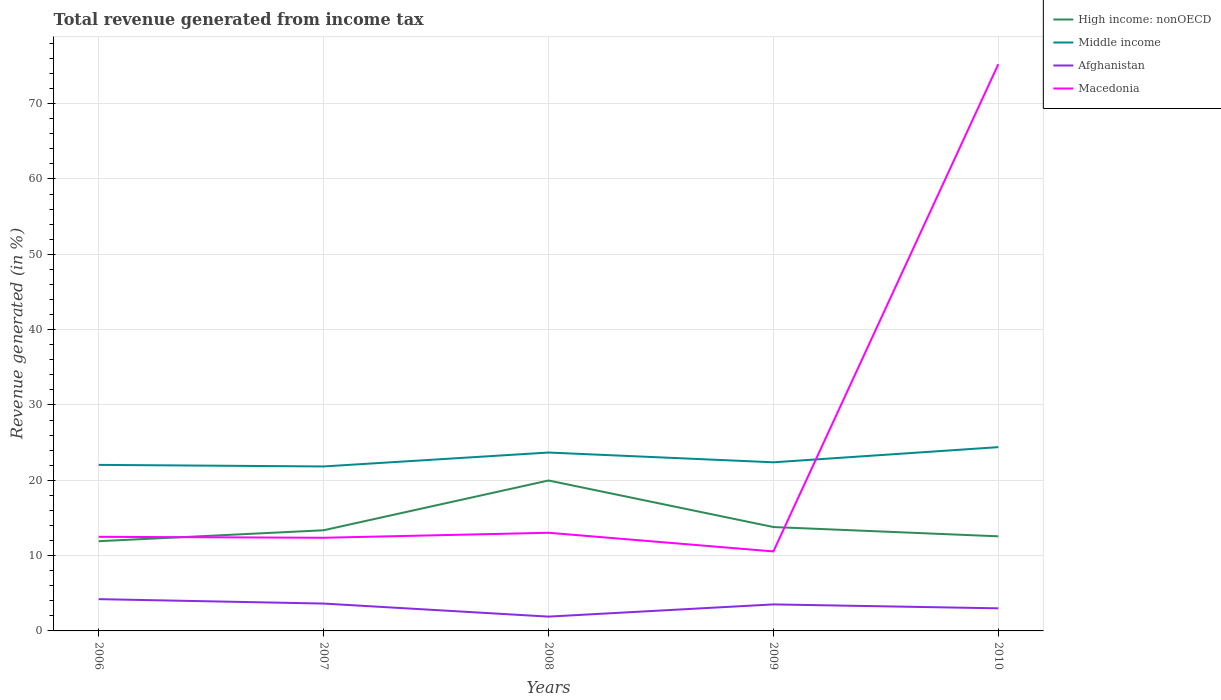
| Years | High income: nonOECD | Middle income | Afghanistan | Macedonia |
 | --- | --- | --- | --- | --- |
 | 2006 | 11.9 | 22 | 4.22 | 12.5 |
 | 2007 | 13.4 | 21.8 | 3.63 | 12.4 |
 | 2008 | 20 | 23.7 | 1.9 | 13 |
 | 2009 | 13.8 | 22.4 | 3.52 | 10.6 |
 | 2010 | 12.6 | 24.4 | 3 | 75.2 |